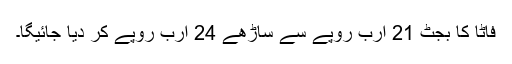
فاٹا کا بجٹ 21 ارب روپے سے ساڑھے 24 ارب روپے کر دیا جائیگا۔